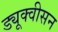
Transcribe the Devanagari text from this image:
ड्यूक्वीसन